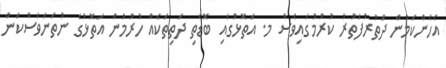
އެހެންކަމުން ދަތުރުފަތުރު ކުރުމުގައިވެސް މ. އަތޮޅުގައި ބޮޑެތި ދަތިތަކެއް ހުރުމުން އަތޮޅުގެ ނުތަނަވަސްކަން